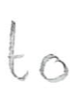
Text: to
Cross-out: clean
Writing tool: pencil